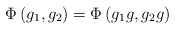
\begin{align*}\Phi \left( g_1,g_2\right) =\Phi \left( g_1g,g_2g\right)\end{align*}